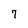
Character: 7